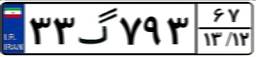
۳۳گ۷۹۳۶۷